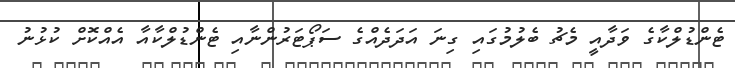
ޓެންޑުލްކާގެ ވަދާއީ މެޗު ބެލުމުގައި ގިނަ އަދަދެއްގެ ސަޕޯޓަރުންނާއި ޓެންޑުލްކާއާ އެއްކޮށް ކުޅުނު